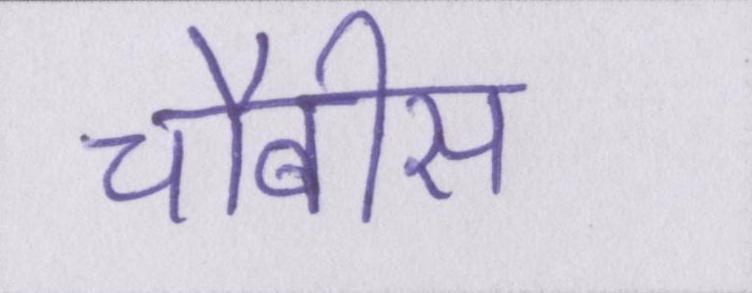
चौबीस